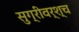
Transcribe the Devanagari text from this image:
सुग्रीवर्श्च